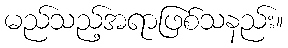
မည်သည့်အရာဖြစ်သနည်း။